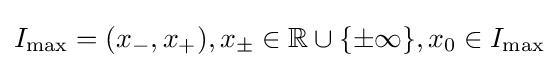
I_{\max }=(x_{-},x_{+}),x_{\pm }\in \mathbb {R} \cup \{\pm \infty \},x_{0}\in I_{\max }